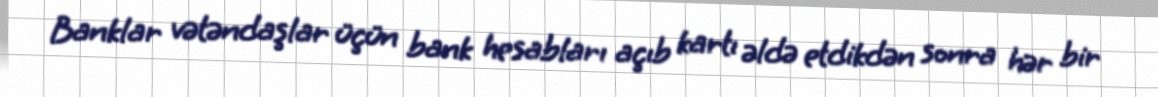
Banklar vətəndaşlar üçün bank hesabları açıb kartı əldə etdikdən sonra hər bir